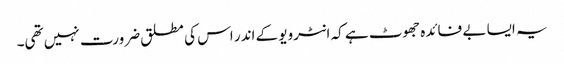
یہ ایسا بے فائدہ جھوٹ ہے کہ انٹرویو کے اندر اس کی مطلق ضرورت نہیں تھی۔